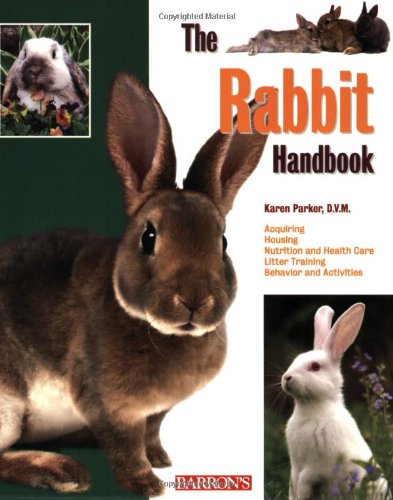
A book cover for The Rabbit Handbook (Barron's Pet Handbooks); Karen Parker  D.V.M.; Crafts, Hobbies & Home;